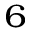
_ 6